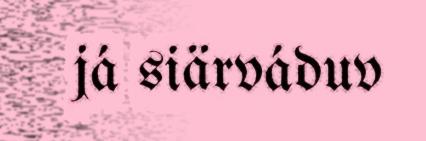
já siärváduv